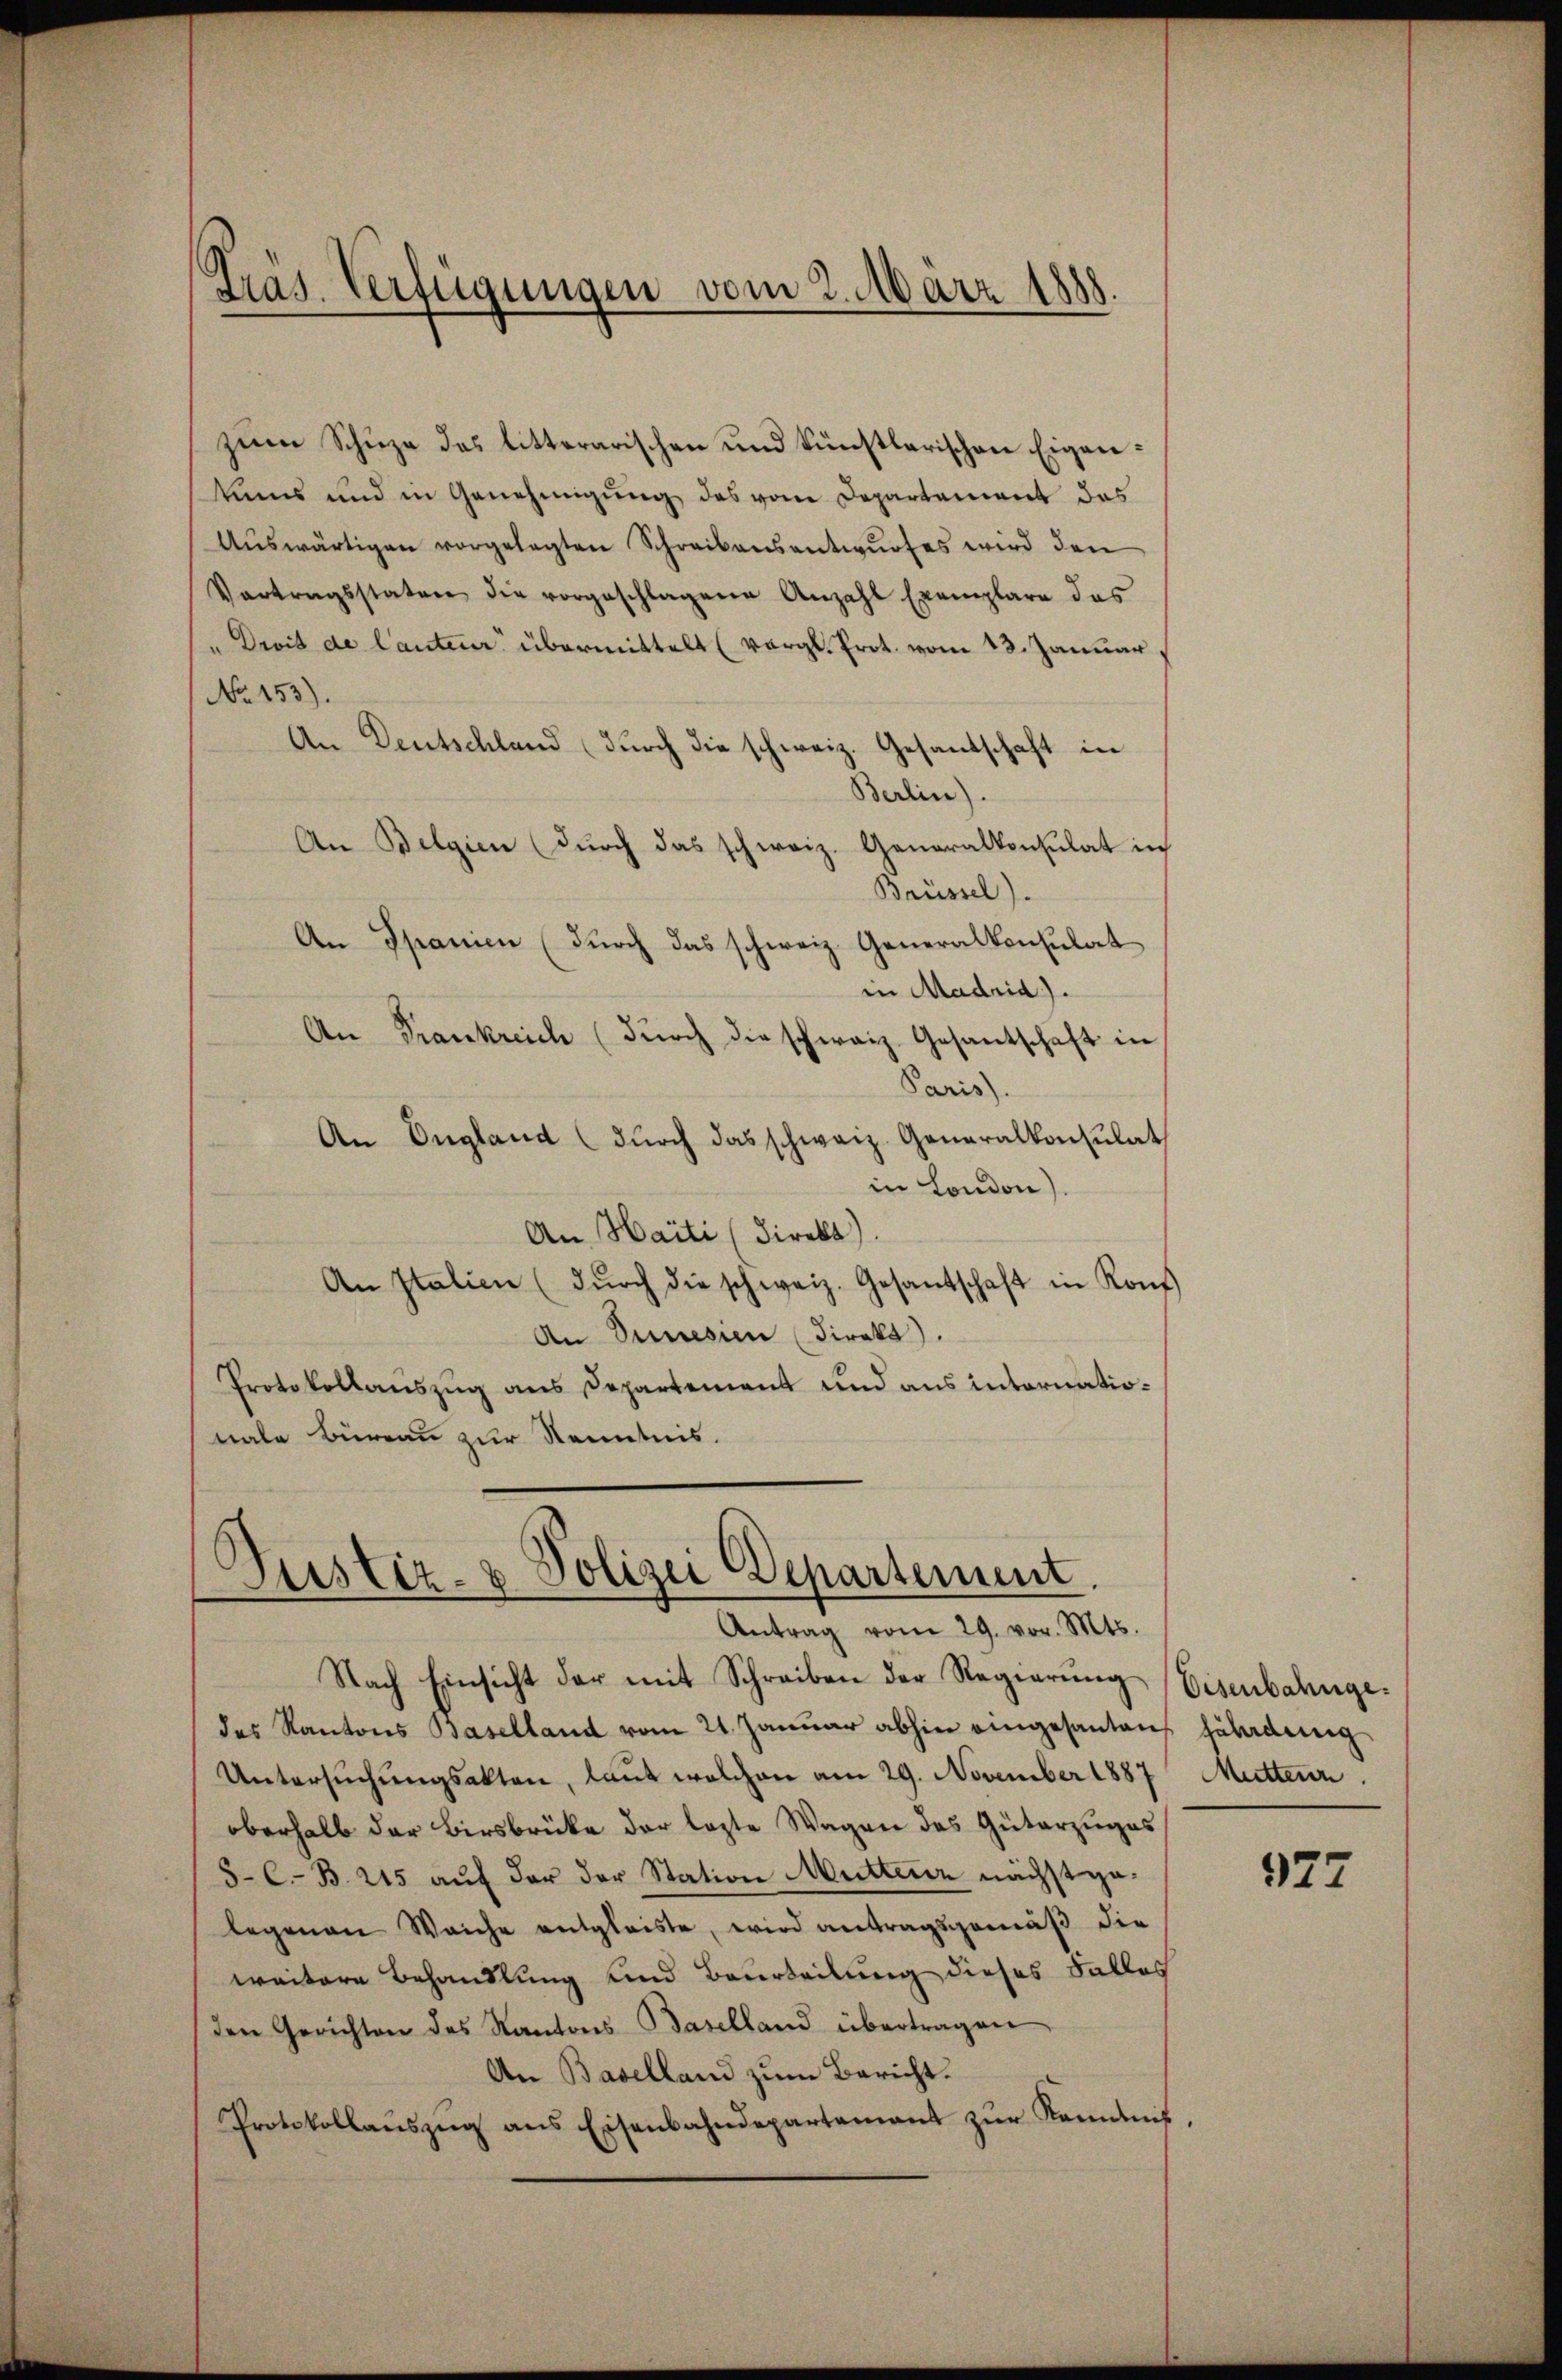
Präs. Verfügungen vom 2. März 1888.

zum Schuze des litterarischen und künstlerischen Eigenkans und in Genehmigung des vom Departement das
Aŭswärtigen vorgelegten Schreibensantwŭrfes wird den
Vertragsstaten die vorgeschlagene Anzahl Exemplare das
" Droit de lauteur übermittelt (vergl. Prot. vom 13. Januar
No 153).
An Deutschland (durch die schweiz. Gesantschaft in
Berlin).
An Belgien (durch das schweiz. Generalkonsulat in
Brüssel).
An Spanien (durch das schweiz. Generalkonsulat
in Madrid).
An Frankreich (durch die schweiz. Gesantschaft in
Paris.
An England (dŭrch das schweiz. Generalkonsulat
in London).
An Haiti (Direkt)
An Italien (dŭrch die schweiz. Gesantschaft in Kons
An Sunesien (direkt.
Protokollauszug aus Departement und aus internationale Büreau zur Kenntnis.

Justiz- & Polizei Departement.
Antrag vom 29. vor. Mts.

Nach Einsicht der mit Schreiben der Regierŭng Eisenbahnge
des Kantons Baselland vom 21. Januar abhin eingesanten geladeng
Untersuchungsakten, laut welchen am 29. November 1887
oberhalb der Birsbrüke der lezte Wagen des Güterzuges
8-C.-B. 215 auf der der Station Muttenz nächstgelegenen Weiche entgleiste, wird antragsgemäß die
weitere Behandlung und Beurteilung dieses Falles
den Gerichten des Kantons Baselland übertragen
An Baselland zum Bericht.
Protokollaŭszŭg ans Eisenbahndepartement zŭr Kenntnis-

Muttern

927